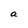
Character: a